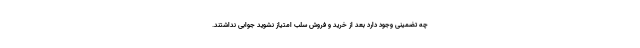
چه تضمینی وجود دارد بعد از خرید و فروش سلب امتیاز نشوید جوابی نداشتند.